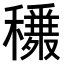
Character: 𥣾